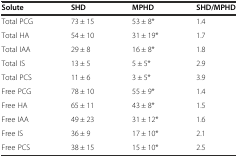
<table><thead><tr><td><b>Solute</b></td><td><b>SHD</b></td><td><b>MPHD</b></td><td><b>SHD/MPHD</b></td></tr></thead><tbody><tr><td>Total PCG</td><td>73 ± 15</td><td>53 ± 8*</td><td>1.4</td></tr><tr><td>Total HA</td><td>54 ± 10</td><td>31 ± 19*</td><td>1.7</td></tr><tr><td>Total IAA</td><td>29 ± 8</td><td>16 ± 8*</td><td>1.8</td></tr><tr><td>Total IS</td><td>13 ± 5</td><td>5 ± 5*</td><td>2.9</td></tr><tr><td>Total PCS</td><td>11 ± 6</td><td>3 ± 5*</td><td>3.9</td></tr><tr><td>Free PCG</td><td>78 ± 10</td><td>55 ± 9*</td><td>1.4</td></tr><tr><td>Free HA</td><td>65 ± 11</td><td>43 ± 8*</td><td>1.5</td></tr><tr><td>Free IAA</td><td>49 ± 23</td><td>31 ± 12*</td><td>1.6</td></tr><tr><td>Free IS</td><td>36 ± 9</td><td>17 ± 10*</td><td>2.1</td></tr><tr><td>Free PCS</td><td>38 ± 15</td><td>15 ± 10*</td><td>2.5</td></tr></tbody></table>